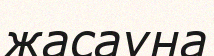
жасауна